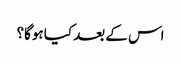
اس کے بعد کیا ہوگا؟